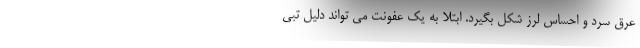
عرق سرد و احساس لرز شکل بگیرد. ابتلا به یک عفونت می تواند دلیل تبی